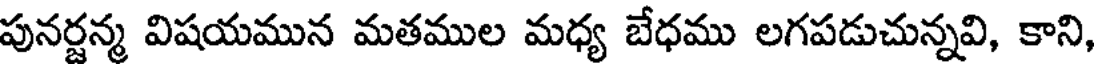
పునర్జన్మ విషయమున మతముల మధ్య బేధము లగపడుచున్నవి, కాని,